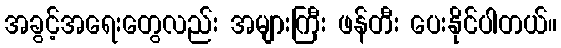
အခွင့်အရေးတွေလည်း အများကြီး ဖန်တီး ပေးနိုင်ပါတယ်။